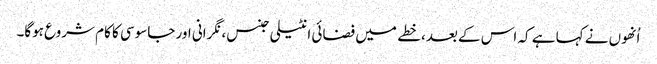
اُنھوں نے کہا ہے کہ اس کے بعد، خطے میں فضائی انٹیلی جنس، نگرانی اور جاسوسی کا کام شروع ہوگا۔